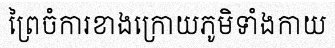
ព្រៃចំការខាងក្រោយភូមិទាំងកាយ